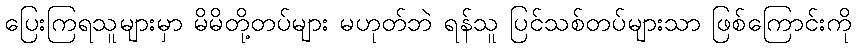
ပြေးကြရသူများမှာ မိမိတို့တပ်များ မဟုတ်ဘဲ ရန်သူ ပြင်သစ်တပ်များသာ ဖြစ်ကြောင်းကို